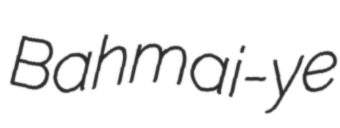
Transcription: Bahmai-ye